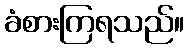
ခံစားကြရသည်။